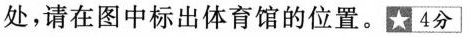
处，请在图中标出体育馆的位置。★4分